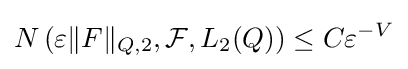
N\left(\varepsilon \|F\|_{Q,2},{\mathcal {F}},L_{2}(Q)\right)\leq C\varepsilon ^{-V}